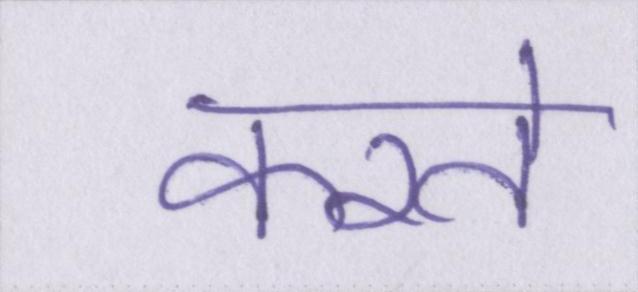
करते